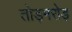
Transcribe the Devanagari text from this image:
तोड़मरोड़